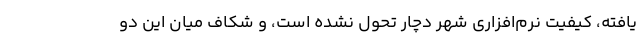
یافته، کیفیت نرم‌افزاری شهر دچار تحول نشده است، و شکاف میان این دو